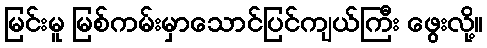
မြင်းမူ မြစ်ကမ်းမှာသောင်ပြင်ကျယ်ကြီး ဖွေးလို့။